Lunatic asylums Madras 1892-1911 - 1892-1911
Year: 1892
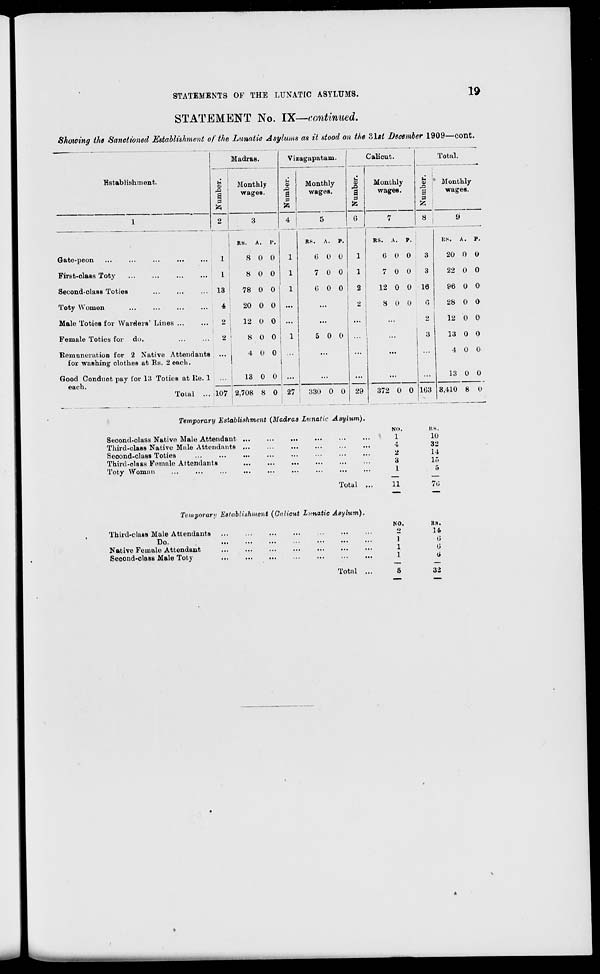
STATEMENTS OF THE LUNATIC ASYLUMS.
n
STATEMENT No. IX—continued.
Showing the Sanctioned Establishment of the Lunatic Asylums as it stood on the Zlst December 1909—cont.
Madras.
Vi zagapatam.
.1
k
a
6
Calicut.
Total.
Establishment.
u
a 3
2
Monthly
wages.
Monthly
wages.
Monthly
wages.
5
-a
S
0
8
* Monthly
wages.
1
3
v.
4
5
7
9
RS.
A.
RS.
A. P.
RS. A. P.
KS. A. P.
Gate-peon ...
...
...
1
8 0 0
1
6 0 0
1
G 0 0
3
20 0 0
First-class Toty
1
8 0 0
1
7 0 0
1
7 0 0
3
22 0 0
Second-class TotieB
13
78 0 0
1
0 0 0
2
12 0 0 16
96 0 0
Toty Women
4
20 0 0 ...
...
•>
8 0 0
6
28 0 0
Male Toties for Warders' Lines
2
12 0 0 ...
...
...
...
g
12 0 0
Female Toties for do.
i
2
8 0 0
1
5 0 0 ...
...
3
13 0 0
Remuneration for 2 Native Attendants
for washing clothes at Rs. 2 each.
• ••
4 0 0
...
...
...
...
4 0 0
Good Conduot pay for 13 TotieB at Re. 1
each.
Total ...
13 0 0 ...
...
...
...
...
13 0 0
107 2,708 8 0 27
330 0 0 29
372 0 0 1G3 3,4dO 8 0
Temporary Establishment (Madras Lunatic Asylum).
Second-class Native Male Attendant
Third-class Native Male Attendants
Second-class Toties
Third-class Female Attendants
Toty Woman
Total
NO.
1
4
2
3
1
11
KS.
10
32
14
15
5
7G
Temporary Establishment (Calicut Lunatic Asylum).
Third-class Male Attendants
Do.
Native Female Attendant
Second-class Male Toty
NO.
RS.
o
14
1
6
1
G
1
a
Total
32